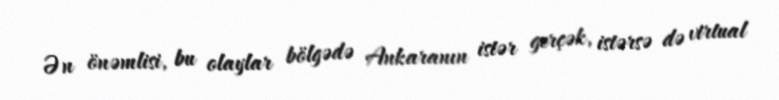
Ən önəmlisi, bu olaylar bölgədə Ankaranın istər gerçək, istərsə də virtual